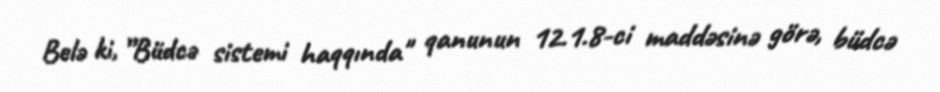
Belə ki, ”Büdcə sistemi haqqında" qanunun 12.1.8-ci maddəsinə görə, büdcə